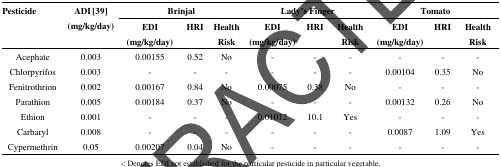
<table><thead><tr><td rowspan="3"><b>Pesticide</b></td><td><b>ADI [39]</b></td><td colspan="3"><b>Brinjal</b></td><td colspan="3"><b>Lady’s Finger</b></td><td colspan="3"><b>Tomato</b></td></tr><tr><td rowspan="2"><b>(mg/kg/day)</b></td><td><b>EDI</b></td><td rowspan="2"><b>HRI</b></td><td><b>Health </b></td><td><b>EDI</b></td><td rowspan="2"><b>HRI</b></td><td><b>Health</b></td><td><b>EDI</b></td><td rowspan="2"><b>HRI</b></td><td><b>Health</b></td></tr><tr><td><b>(mg/kg/day)</b></td><td><b>Risk</b></td><td><b>(mg/kg/day)</b></td><td><b>Risk</b></td><td><b>(mg/kg/day)</b></td><td><b>Risk</b></td></tr></thead><tbody><tr><td>Acephate</td><td>0.003</td><td>0.00155</td><td>0.52</td><td>No</td><td>-</td><td>-</td><td>-</td><td>-</td><td>-</td><td>-</td></tr><tr><td>Chlorpyrifos</td><td>0.003</td><td>-</td><td>-</td><td>-</td><td>-</td><td>-</td><td>-</td><td>0.00104</td><td>0.35</td><td>No</td></tr><tr><td>Fenitrothrion</td><td>0.002</td><td>0.00167</td><td>0.84</td><td>No</td><td>0.00075</td><td>0.38</td><td>No</td><td>-</td><td>-</td><td>-</td></tr><tr><td>Parathion</td><td>0.005</td><td>0.00184</td><td>0.37</td><td>No</td><td>-</td><td>-</td><td>-</td><td>0.00132</td><td>0.26</td><td>No</td></tr><tr><td>Ethion</td><td>0.001</td><td>-</td><td>-</td><td>-</td><td>0.01012</td><td>10.1</td><td>Yes</td><td>-</td><td>-</td><td>-</td></tr><tr><td>Carbaryl</td><td>0.008</td><td>-</td><td>-</td><td>-</td><td>-</td><td>-</td><td>-</td><td>0.0087</td><td>1.09</td><td>Yes</td></tr><tr><td>Cypermethrin</td><td>0.05</td><td>0.00207</td><td>0.04</td><td>No</td><td>-</td><td>-</td><td>-</td><td>-</td><td>-</td><td>-</td></tr></tbody></table>